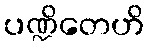
ပဏ္ဍိတေဟိ